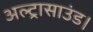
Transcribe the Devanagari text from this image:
अल्ट्रासाउंड।